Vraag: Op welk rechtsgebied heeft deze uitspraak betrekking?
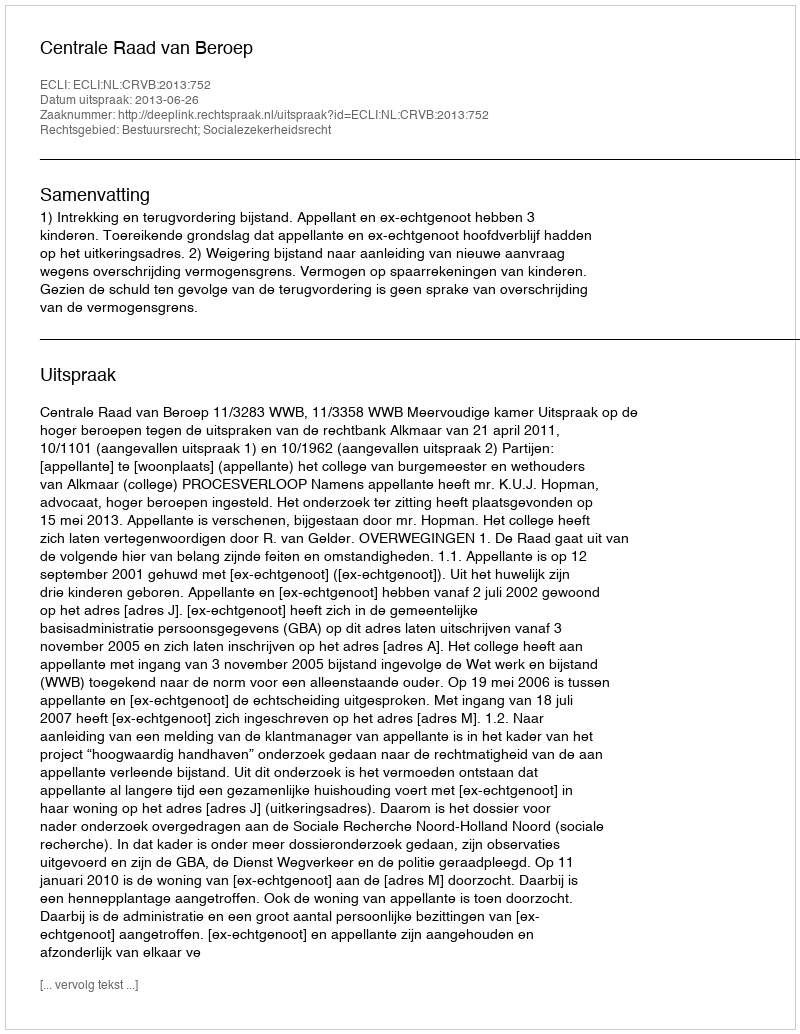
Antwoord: Bestuursrecht; Socialezekerheidsrecht